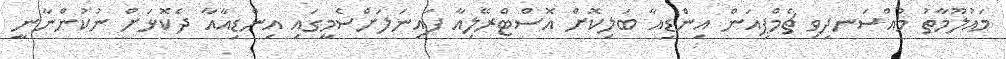
މައުލޫމާތު މުއްސަނދިވި ޗެމްޕިއަން އިންޑިއާ ބަލިކޮށް އޮސްޓްރޭލިއާ ފައިނަލަށްސެމީގައި އިންޑިއާއާ ދެކޮޅަށް ނުކުންނާނީ